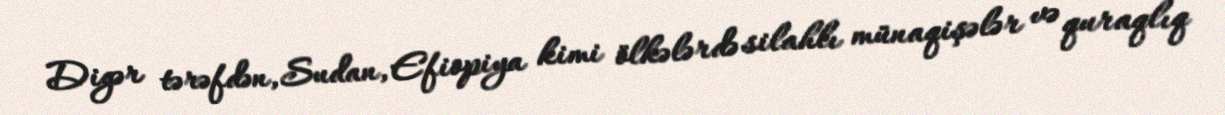
Digər tərəfdən, Sudan, Efiopiya kimi ölkələrdə silahlı münaqişələr və quraqlıq